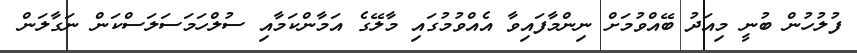
ފުލުހުން ބުނީ މިއަދު ބޭއްވުމަށް ނިންމާފައިވާ އެއްވުމުގައި މާލޭގެ އަމާންކަމާއި ސުލްހަމަސަލަސްކަން ނަގާލަން